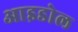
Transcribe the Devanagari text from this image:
आइडोल